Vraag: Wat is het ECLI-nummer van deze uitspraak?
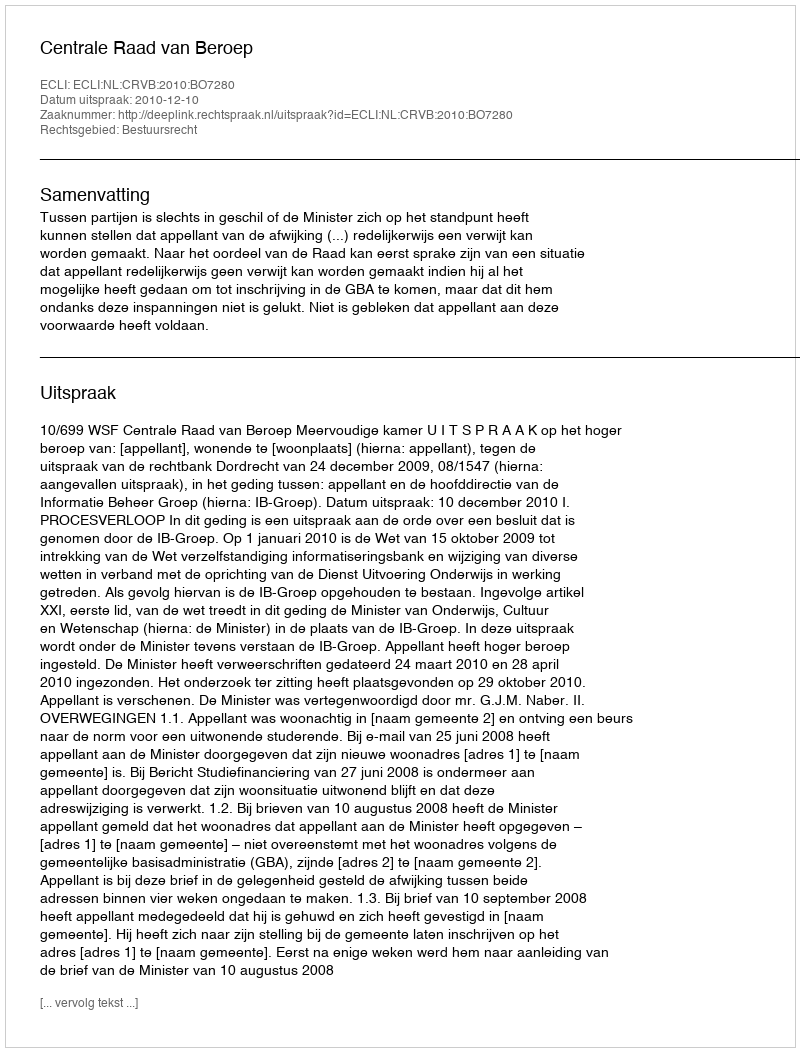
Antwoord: ECLI:NL:CRVB:2010:BO7280